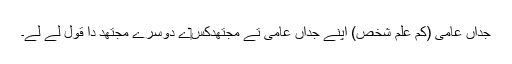
جداں عامی (کم علم شخص) اپنے جداں عامی تے مجتھدکِس‏ے دوسرے مجتھد دا قول لے لے۔